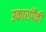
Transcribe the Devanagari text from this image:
उकारांपैकी